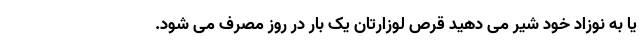
یا به نوزاد خود شیر می دهید قرص لوزارتان یک بار در روز مصرف می شود.